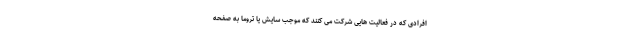
افرادی که در فعالیت هایی شرکت می کنند که موجب سایش یا تروما به صفحه